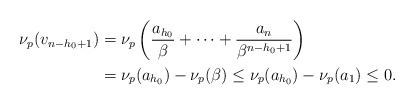
LaTeX: \begin{align*}\nu_p(v_{n-h_0+1})&=\nu_p\left(\frac{a_{h_0}}{\beta}+\cdots+\frac{a_n}{\beta^{n-h_0+1}}\right)\\&=\nu_p(a_{h_0})-\nu_p(\beta)\leq\nu_p(a_{h_0})-\nu_p(a_1)\leq0.\end{align*}